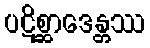
ပဋိစ္ဆာဒေန္တဿ